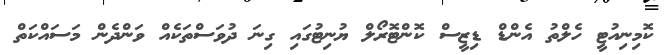
ކޮމިނިއުޓީ ހެލްތު އެންޑް ޑިޒީސް ކޮންޓޮރޯލް ޔުނިޓުގައި ގިނަ ދުވަސްތަކެއް ވަންދެން މަސައްކަތް